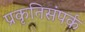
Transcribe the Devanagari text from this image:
प्रकृतिसंपर्क